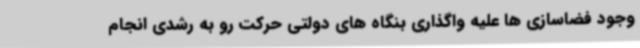
وجود فضاسازی ها علیه واگذاری بنگاه های دولتی حرکت رو به رشدی انجام